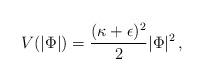
LaTeX: \begin{align*} V (|\Phi| ) ={ (\kappa + \epsilon)^2 \over 2} | \Phi |^2 \, ,\end{align*}